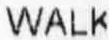
WALK